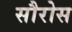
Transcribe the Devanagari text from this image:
सौरोस